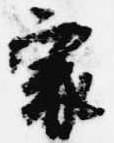
家